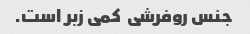
جنس روفرشی  کمی زبر است.